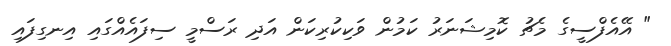
" އޭއެފްސީގެ މެޗު ކޮމިޝަނަރު ކަމުން ވަކިކުރިކަން އަދި ރަސްމީ ސިފައެއްގައި އިނގިފައި